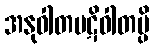
အနုဝါတပဋိဝါတမ္ပိ